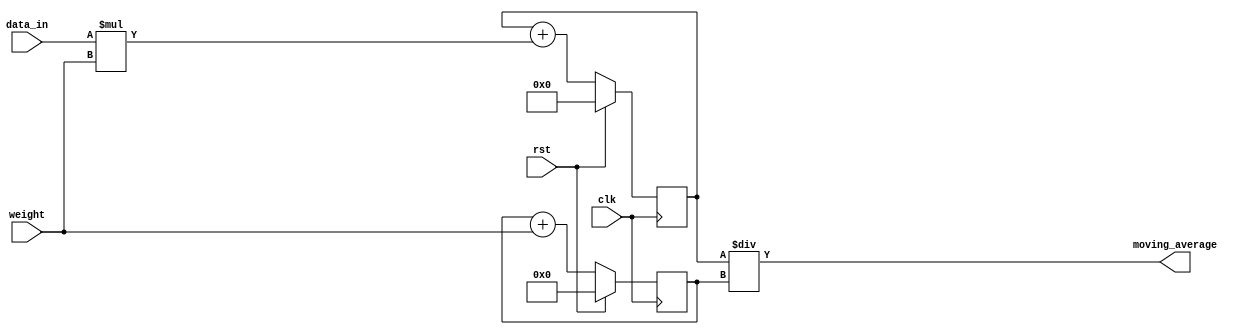
module weighted_moving_average_accumulator (
    input wire clk,
    input wire rst,
    input wire [7:0] data_in,
    input wire [7:0] weight,
    output reg [15:0] moving_average
);

reg [15:0] accumulated_sum;
reg [7:0] total_weight;

always @ (posedge clk) begin
    if (rst) begin
        accumulated_sum <= 0;
        total_weight <= 0;
    end else begin
        accumulated_sum <= accumulated_sum + (data_in * weight);
        total_weight <= total_weight + weight;
    end
end

always @ (*) begin
    moving_average <= accumulated_sum / total_weight;
end

endmodule